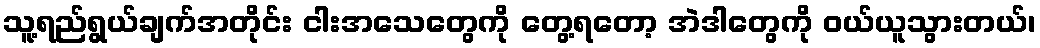
သူ့ရည်ရွယ်ချက်အတိုင်း ငါးအသေတွေကို တွေ့ရတော့ အဲဒါတွေကို ဝယ်ယူသွားတယ်၊